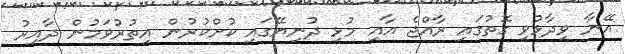
އޭނާ ވިދާޅުވި ގޮތުގައި ރާއްޖެ އާއި މުޅި ދުނިޔޭގައި ކުށްކުރުން އިތުރުވަމުން ދާއިރު